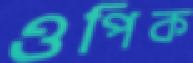
ওপিক